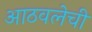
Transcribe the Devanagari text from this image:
आठवलेची